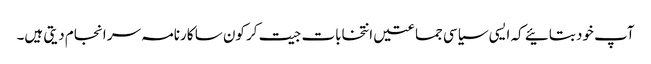
آپ خود بتائیے کہ ایسی سیاسی جماعتیں انتخابات جیت کر کون سا کارنامہ سر انجام دیتی ہیں۔